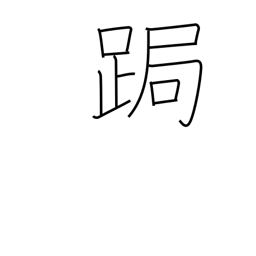
Meaning: stoop